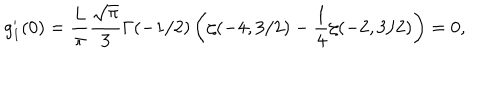
g _ { 1 } ^ { \prime } ( 0 ) = \frac { L } { \pi } \frac { \sqrt { \pi } } { 3 } \Gamma ( - 1 / 2 ) \left( \zeta ( - 4 , 3 / 2 ) - \frac { 1 } { 4 } \zeta ( - 2 , 3 / 2 ) \right) = 0 ,